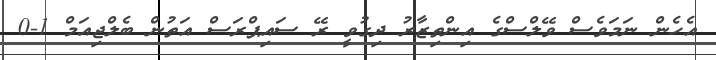
އެހެން ނަމަވެސް ވޭލްސްގެ އިންތިޒާރު ދިގުވީ ރޭ ސައިޕްރަސް އަތުން ބެލްޖިއަމް 1-0